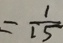
= \frac { 1 } { 1 5 }